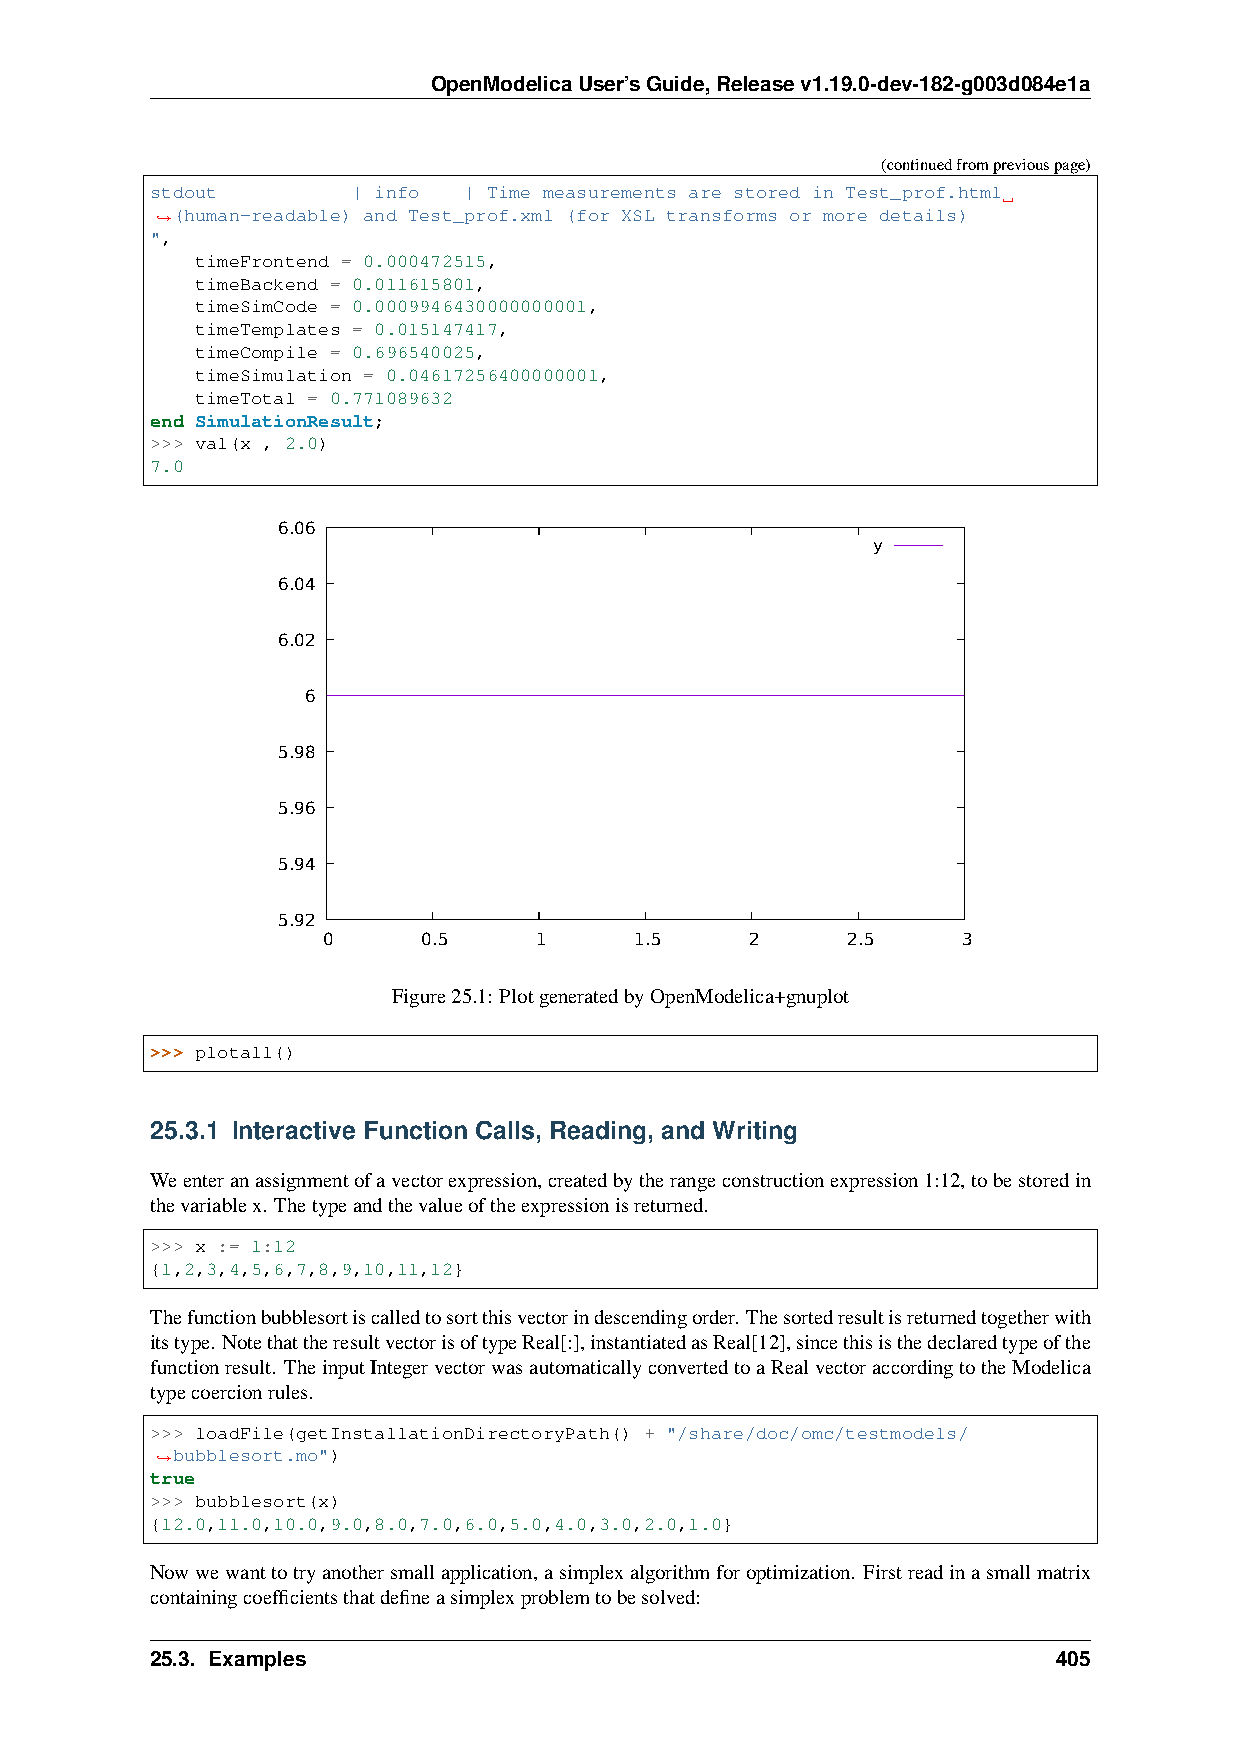
OpenModelicaUser’sGuide,Releasev1.19.0-dev-182-g003d084e1a
 (continuedfrompreviouspage)
 stdout       | info  | Time measurements are stored in Test_prof.html
 (human-readable) and Test_prof.xml (for XSL transforms or more details)
 ˓→
 ",
 timeFrontend = 0.000472515,
 timeBackend = 0.011615801,
 timeSimCode = 0.0009946430000000001,
 timeTemplates = 0.015147417,
 timeCompile = 0.696540025,
 timeSimulation = 0.04617256400000001,
 timeTotal = 0.771089632
 end SimulationResult;
 >>> val(x , 2.0)
 7.0
 6.06
 y
 6.04
 6.02
 6
 5.98
 5.96
 5.94
 5.92
 0      0.5    1      1.5     2     2.5     3
 Figure25.1: PlotgeneratedbyOpenModelica+gnuplot
 >>> plotall()
 25.3.1 Interactive Function Calls, Reading, and Writing
 Weenteranassignmentofavectorexpression,createdbytherangeconstructionexpression1:12,tobestoredin
 thevariablex. Thetypeandthevalueoftheexpressionisreturned.
 >>> x := 1:12
 {1,2,3,4,5,6,7,8,9,10,11,12}
 Thefunctionbubblesortiscalledtosortthisvectorindescendingorder.Thesortedresultisreturnedtogetherwith
 itstype. NotethattheresultvectorisoftypeReal[:],instantiatedasReal[12],sincethisisthedeclaredtypeofthe
 functionresult. TheinputIntegervectorwasautomaticallyconvertedtoaRealvectoraccordingtotheModelica
 typecoercionrules.
 >>> loadFile(getInstallationDirectoryPath() + "/share/doc/omc/testmodels/
 bubblesort.mo")
 ˓→
 true
 >>> bubblesort(x)
 {12.0,11.0,10.0,9.0,8.0,7.0,6.0,5.0,4.0,3.0,2.0,1.0}
 Nowwewanttotryanothersmallapplication,asimplexalgorithmforoptimization. Firstreadinasmallmatrix
 containingcoefficientsthatdefineasimplexproblemtobesolved:
 25.3. Examples                                              405